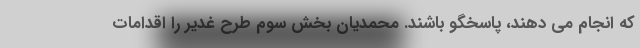
که انجام می دهند، پاسخگو باشند. محمدیان بخش سوم طرح غدیر را اقدامات